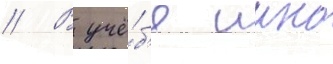
// В учё́б'е иино